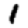
Digit: 1